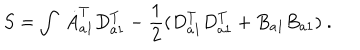
S = \int \ \dot { A } _ { a 1 } ^ { T } D _ { a 1 } ^ { T } - \frac { 1 } { 2 } ( D _ { a 1 } ^ { T } D _ { a 1 } ^ { T } + B _ { a 1 } B _ { a 1 } ) \ .